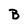
Character: B